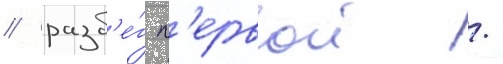
/ разб'е́г п'ервои /